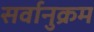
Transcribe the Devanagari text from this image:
सर्वानुक्रम